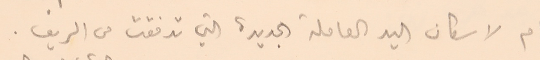
ام لاسكان اليد العاملة الجديدة التي تدفقت من الريف.